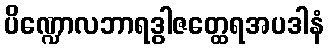
ပိဏ္ဍောလဘာရဒွါဇတ္ထေရအပဒါနံ